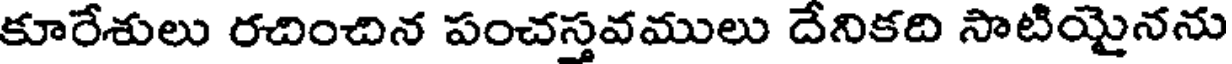
కూరేశులు రచించిన పంచస్తవములు దేనికది సాటియైనను